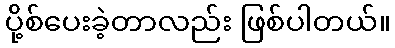
ပို့စ်ပေးခဲ့တာလည်း ဖြစ်ပါတယ်။